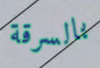
بالسرقة